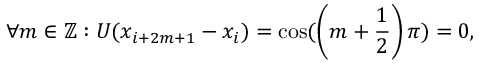
\forall m \in \mathbb { Z } : U ( x _ { i + 2 m + 1 } - x _ { i } ) = \cos ( \left( m + \frac { 1 } { 2 } \right) \pi ) = 0 ,